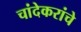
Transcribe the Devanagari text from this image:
चांदेकरांचे